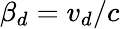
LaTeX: \beta_{d}=v_{d}/c